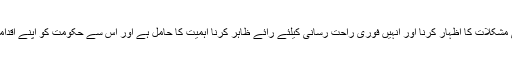
ایسی صورت میںصدر جمہوریہ پرنب مکرجی کی جانب سے عوام کی مشکلات کا اظہار کرنا اور انہیں فوری راحت رسانی کیلئے رائے ظاہر کرنا اہمیت کا حامل ہے اور اس سے حکومت کو اپنے اقدامات اور فیصلوں کا از سر نو جائزہ لینے کی ضرورت پیدا ہوجاتی ہے ۔